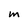
Character: M